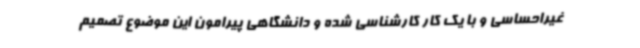
غیراحساسی و با یک کار کارشناسی شده و دانشگاهی پیرامون این موضوع تصمیم